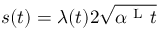
s ( t ) = \lambda ( t ) 2 \sqrt { \alpha ^ { \mathrm { ~ L ~ } } t }